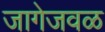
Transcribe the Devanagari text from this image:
जागेजवळ